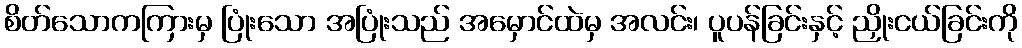
စိတ်သောကကြားမှ ပြုံးသော အပြုံးသည် အမှောင်ထဲမှ အလင်း၊ ပူပန်ခြင်းနှင့် ညှိုးငယ်ခြင်းကို